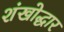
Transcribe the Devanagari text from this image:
शंखोद्धार